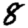
Digit: 8